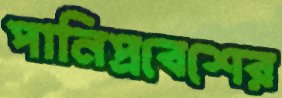
পানিপ্রবেশের